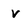
Character: v